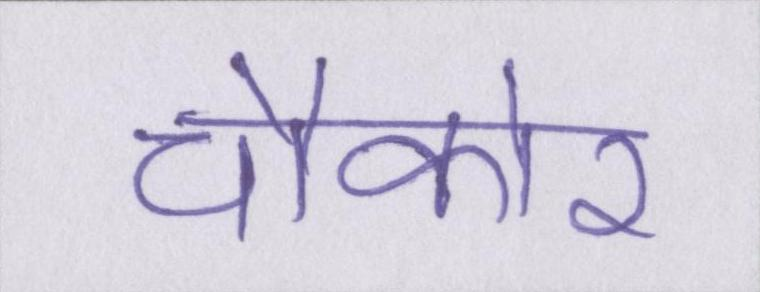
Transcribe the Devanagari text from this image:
चौकोर